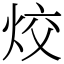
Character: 烄